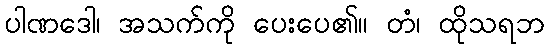
ပါဏဒေါ၊ အသက်ကို ပေးပေ၏။ တံ၊ ထိုသရဘ